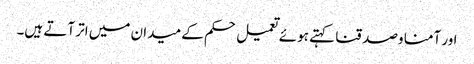
اور آمنا وصدقنا کہتے ہوئے تعمیل حکم کے میدان میں اتر آتے ہیں۔